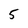
Character: 5